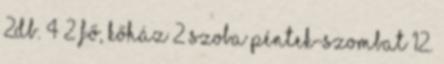
2db. 4 2 fő, kőház 2 szoba péntek-szombat 12.